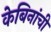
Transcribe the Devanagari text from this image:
केबिनांची